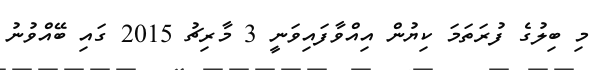
މި ބިލުގެ ފުރަތަމަ ކިޔުން އިއްވާފައިވަނީ 3 މާރިޗު 2015 ގައި ބޭއްވުނު